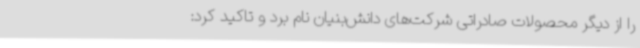
را از دیگر محصولات صادراتی شرکت‌های دانش‌بنیان نام برد و تاکید کرد: